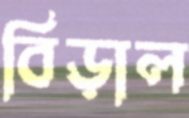
বিড়াল